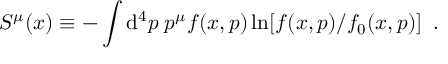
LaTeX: S ^ { \mu } ( x ) \equiv - \int \mathrm { d } ^ { 4 } p \; p ^ { \mu } f ( x , p ) \ln [ f ( x , p ) / f _ { 0 } ( x , p ) ] \; \; .